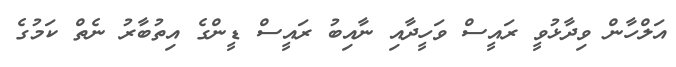
އަލްހާން ވިދާޅުވީ ރައީސް ވަހީދާއި ނާއިބު ރައީސް ޑީންގެ އިތުބާރު ނެތް ކަމުގެ